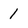
Character: 1